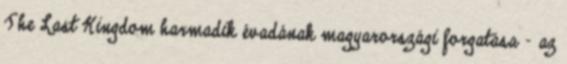
The Last Kingdom harmadik évadának magyarországi forgatása - az